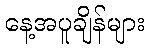
နေ့အပူချိန်များ